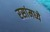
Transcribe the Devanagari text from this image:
रसांमध्ये